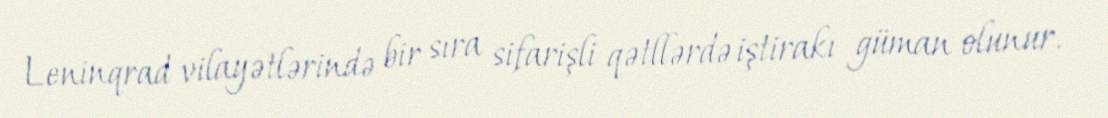
Leninqrad vilayətlərində bir sıra sifarişli qətllərdə iştirakı güman olunur.